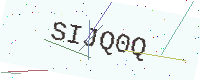
Text: SIJQ0Q